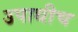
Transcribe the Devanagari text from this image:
उपाधीच